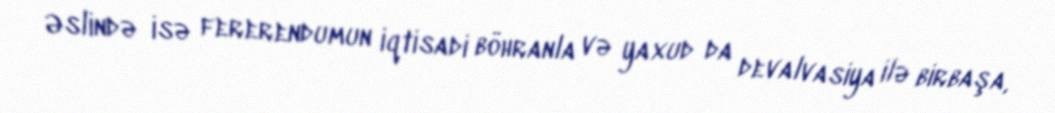
Əslində isə fererendumun iqtisadi böhranla və yaxud da devalvasiya ilə birbaşa,